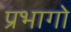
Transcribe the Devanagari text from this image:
प्रभागो